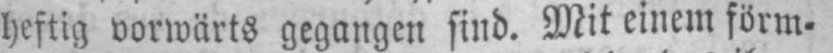
heftig vorwärts gegangen sind. Mit einem förm⸗